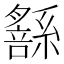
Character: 𦅹